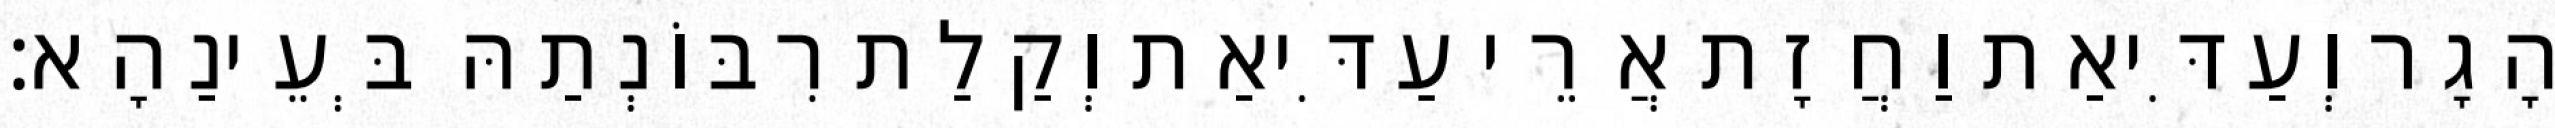
הָגָר וְעַדִּיאַת וַחֲזָת אֲרֵי עַדִּיאַת וְקַלַת רִבּוֹנְתַהּ בְּעֵינַהָא׃